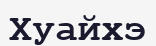
Хуайхэ